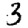
Digit: 3